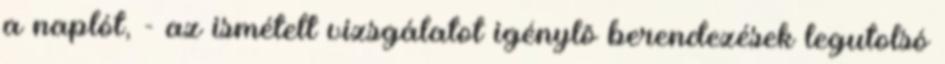
a naplót, - az ismételt vizsgálatot igénylõ berendezések legutolsó